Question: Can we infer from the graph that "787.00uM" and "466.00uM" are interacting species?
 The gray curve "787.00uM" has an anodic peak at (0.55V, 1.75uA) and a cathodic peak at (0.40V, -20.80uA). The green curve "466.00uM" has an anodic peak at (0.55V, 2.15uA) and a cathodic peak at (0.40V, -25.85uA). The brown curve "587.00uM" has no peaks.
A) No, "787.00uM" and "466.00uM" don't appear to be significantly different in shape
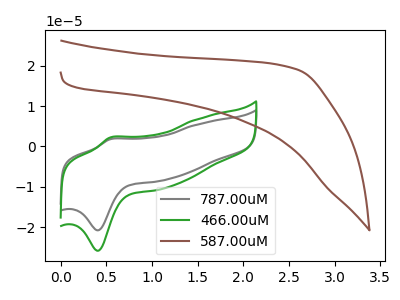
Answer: <think>All the peaks in "787.00uM" have a peak in "466.00uM" at the same potential. Every peak in "787.00uM" is lower than every peak in "466.00uM".
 </think>
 <answer>A) No, "787.00uM" and "466.00uM" don't appear to be significantly different in shape</answer>
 <eval>A</eval>